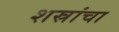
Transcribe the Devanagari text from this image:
शस्रांचा